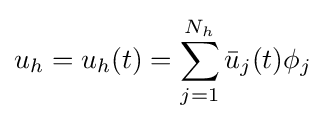
u_{h}=u_{h}(t)=\sum _{j=1}^{N_{h}}{\bar {u}}_{j}(t)\phi _{j}